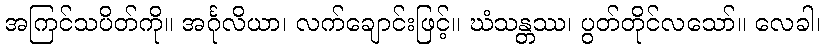
အကြင်သပိတ်ကို။ အင်္ဂုလိယာ၊ လက်ချောင်းဖြင့်။ ဃံသန္တဿ၊ ပွတ်တိုင်လသော်။ လေခါ၊